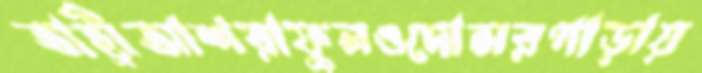
তাহ্রীআশরাফুলওদোসরপাড়ায়